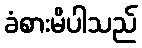
ခံစားမိပါသည်